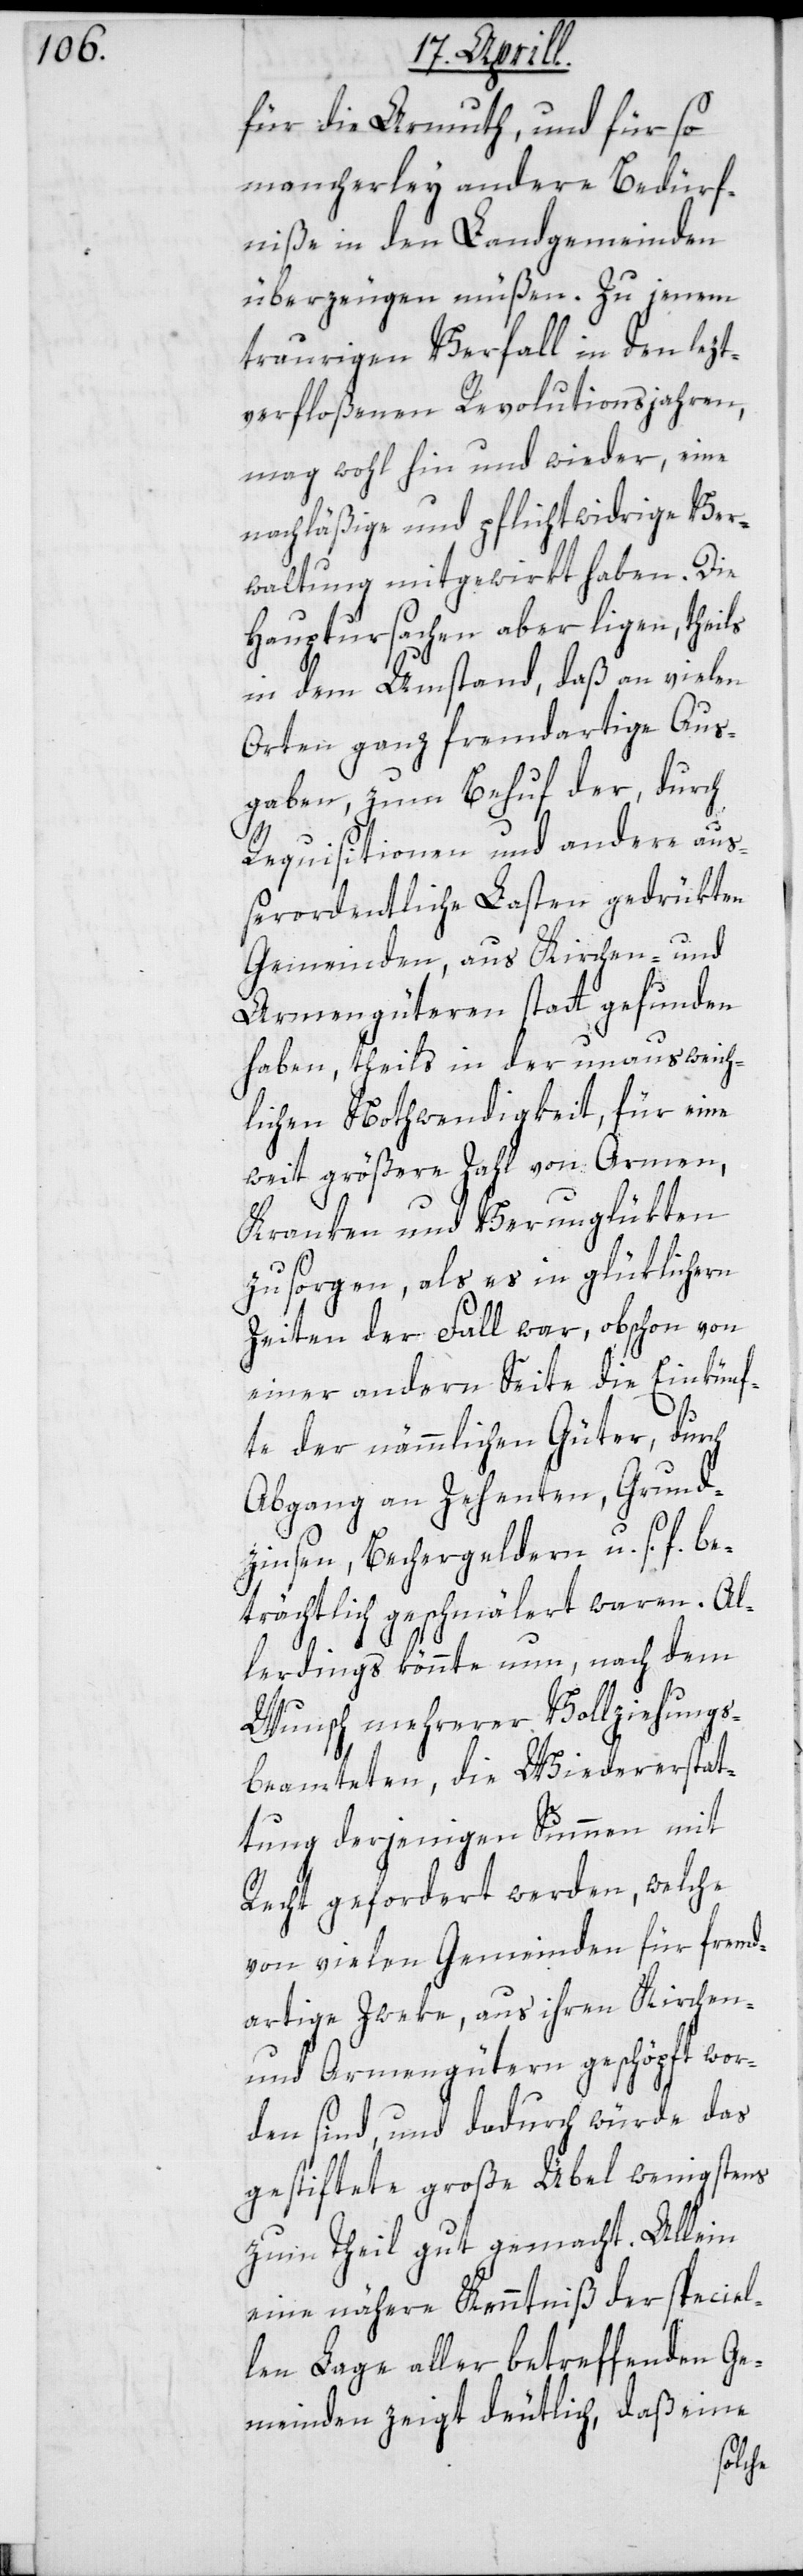
für die Armuth, und für so
mancherley andere Bedürf¬
niße in den Landgemeinden
überzeugen müßen. Zu jenem
traurigen Verfall in den letzt¬
verfloßenen Revolutionsjahren,
mag wohl hin und wieder, eine
nachläßige und pflichtwidrige Ver¬
waltung mitgewirkt haben. Die
Hauptursachen aber liegen, theils
in dem Umstand, daß an vielen
Orten ganz fremdartige Aus¬
gaben, zum Behuf der, durch
Requisitionen und andere au¬
ßerordentlichen Lasten gedrükten
Gemeinden, aus Kirchen- und
Armengüteren statt gefunden
haben, theils in der unausweich¬
lichen Nothwendigkeit, für eine
weit größere Zahl von Armen,
Kranken und Verunglükten
zu sorgen, als es in glüklichern
Zeiten der Fall war, obschon von
einer andern Seite die Einkünf¬
te der nämmlichen Güter, durch
Abgang an Zehenten, Grund¬
zinsen, Bechergeldern u. s. f. be¬
trächtlich geschmälert waren. Al¬
lerdings könnte nun, nach dem
Wunsch mehrerer Vollziehungs¬
beamteten, die Wiedererstat¬
tung derjenigen Summen mit
Recht gefordert werden, welche
von vielen Gemeinden für fremd¬
artige Zweke, aus ihren Kirchen-
und Armengütern geschöpft wor¬
den sind, und dadurch würde das
gestiftete große Übel wenigstens
zum Theil gut gemacht. Allein
eine nähere Kenntniß der speciel¬
len Lage aller betreffenden Ge¬
meinden zeigt deutlich, daß eine